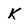
Character: K